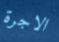
الاجرة